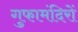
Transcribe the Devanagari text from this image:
गुफामंदिरों